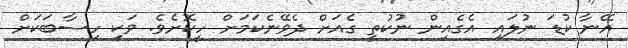
އޭނާ ކުޑަ ނުލައި އެގެއިން ނުކުތީ ގެއަށް ދެވޭނެކަމަށް ހީކޮށެވެ. ވަކި ހިސާބަކަށް